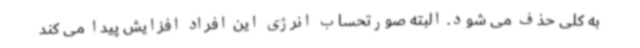
به کلی حذف می شود. البته صورتحساب انرژی این افراد افزایش پیدا می کند